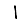
Digit: 1